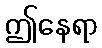
ဤနေရာ